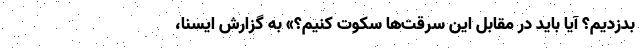
بدزدیم؟ آیا باید در مقابل این سرقت‌ها سکوت کنیم؟» به گزارش ایسنا،